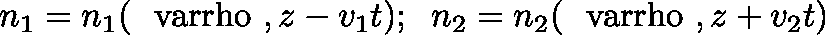
n _ { 1 } = n _ { 1 } ( { \mathrm { \boldmath ~ \ v a r r h o ~ } } , z - v _ { 1 } t ) ; \; \; n _ { 2 } = n _ { 2 } ( { \mathrm { \boldmath ~ \ v a r r h o ~ } } , z + v _ { 2 } t )